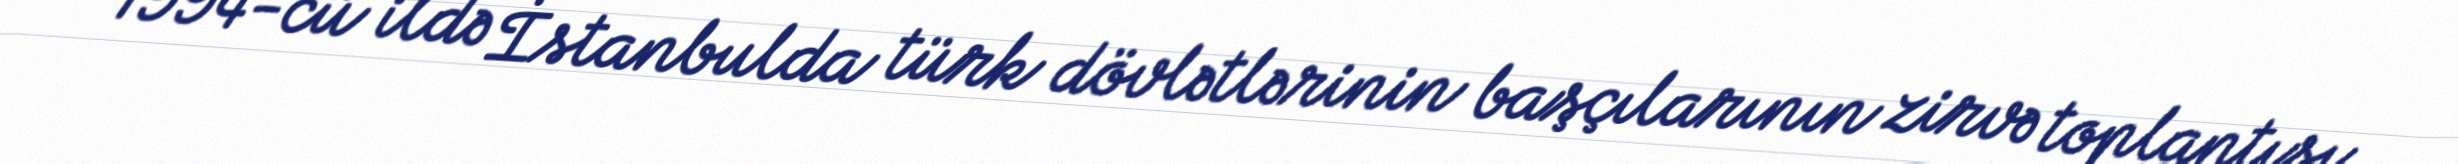
“1994-cü ildə İstanbulda türk dövlətlərinin başçılarının zirvə toplantısı